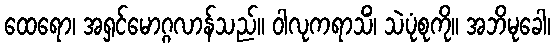
ထေရော၊ အရှင်မောဂ္ဂလာန်သည်။ ဝါလုကရာသိံ၊ သဲပုံစုကို။ အဘိမုခေါ၊